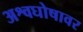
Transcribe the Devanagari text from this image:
अश्वघोषावर